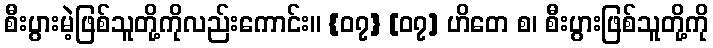
စီးပွားမဲ့ဖြစ်သူတို့ကိုလည်းကောင်း။ {၀၇} [၀၇] ဟိတေ စ၊ စီးပွားဖြစ်သူတို့ကို